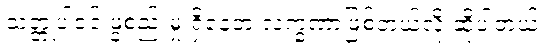
သတ္တုပါဝင် ဖွဲ့စည်းမှု ရှိနေတဲ့ လက္ခဏာဖြစ်တယ်လို့ ဆိုပါတယ်။